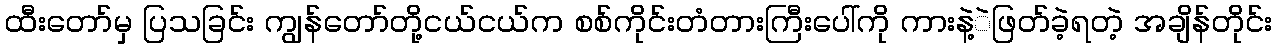
ထီးတော်မှ ပြသခြင်း ကျွန်တော်တို့ငယ်ငယ်က စစ်ကိုင်းတံတားကြီးပေါ်ကို ကားနဲ့ဲဖြတ်ခဲ့ရတဲ့ အချိန်တိုင်း